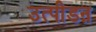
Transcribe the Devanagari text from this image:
उत्पीडऩ